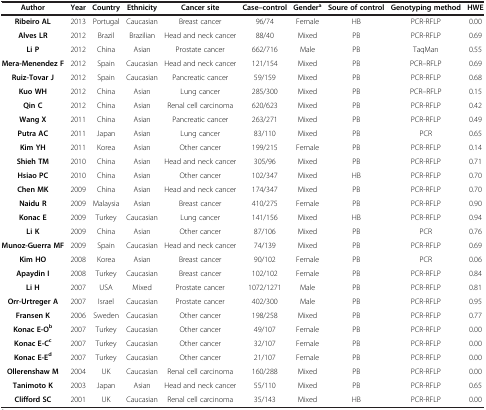
<table><thead><tr><td><b>Author</b></td><td><b>Year</b></td><td><b>Country</b></td><td><b>Ethnicity</b></td><td><b>Cancer site</b></td><td><b>Case–control</b></td><td><b>Gender<sup>a</sup></b></td><td><b>Soure of control</b></td><td><b>Genotyping method</b></td><td><b>HWE</b></td></tr></thead><tbody><tr><td><b>Ribeiro AL</b></td><td>2013</td><td>Portugal</td><td>Caucasian</td><td>Breast cancer</td><td>96/74</td><td>Female</td><td>HB</td><td>PCR-RFLP</td><td>0.00</td></tr><tr><td><b>Alves LR</b></td><td>2012</td><td>Brazil</td><td>Brazilian</td><td>Head and neck cancer</td><td>88/40</td><td>Mixed</td><td>PB</td><td>PCR-RFLP</td><td>0.69</td></tr><tr><td><b>Li P</b></td><td>2012</td><td>China</td><td>Asian</td><td>Prostate cancer</td><td>662/716</td><td>Male</td><td>PB</td><td>TaqMan</td><td>0.55</td></tr><tr><td><b>Mera-Menendez F</b></td><td>2012</td><td>Spain</td><td>Caucasian</td><td>Head and neck cancer</td><td>121/154</td><td>Mixed</td><td>PB</td><td>PCR–RFLP</td><td>0.69</td></tr><tr><td><b>Ruiz-Tovar J</b></td><td>2012</td><td>Spain</td><td>Caucasian</td><td>Pancreatic cancer</td><td>59/159</td><td>Mixed</td><td>PB</td><td>PCR-RFLP</td><td>0.68</td></tr><tr><td><b>Kuo WH</b></td><td>2012</td><td>China</td><td>Asian</td><td>Lung cancer</td><td>285/300</td><td>Mixed</td><td>PB</td><td>PCR–RFLP</td><td>0.15</td></tr><tr><td><b>Qin C</b></td><td>2012</td><td>China</td><td>Asian</td><td>Renal cell carcinoma</td><td>620/623</td><td>Mixed</td><td>PB</td><td>PCR-RFLP</td><td>0.42</td></tr><tr><td><b>Wang X</b></td><td>2011</td><td>China</td><td>Asian</td><td>Pancreatic cancer</td><td>263/271</td><td>Mixed</td><td>PB</td><td>PCR-RFLP</td><td>0.49</td></tr><tr><td><b>Putra AC</b></td><td>2011</td><td>Japan</td><td>Asian</td><td>Lung cancer</td><td>83/110</td><td>Mixed</td><td>PB</td><td>PCR</td><td>0.65</td></tr><tr><td><b>Kim YH</b></td><td>2011</td><td>Korea</td><td>Asian</td><td>Other cancer</td><td>199/215</td><td>Female</td><td>PB</td><td>PCR-RFLP</td><td>0.14</td></tr><tr><td><b>Shieh TM</b></td><td>2010</td><td>China</td><td>Asian</td><td>Head and neck cancer</td><td>305/96</td><td>Mixed</td><td>PB</td><td>PCR-RFLP</td><td>0.71</td></tr><tr><td><b>Hsiao PC</b></td><td>2010</td><td>China</td><td>Asian</td><td>Other cancer</td><td>102/347</td><td>Mixed</td><td>HB</td><td>PCR-RFLP</td><td>0.70</td></tr><tr><td><b>Chen MK</b></td><td>2009</td><td>China</td><td>Asian</td><td>Head and neck cancer</td><td>174/347</td><td>Mixed</td><td>PB</td><td>PCR-RFLP</td><td>0.70</td></tr><tr><td><b>Naidu R</b></td><td>2009</td><td>Malaysia</td><td>Asian</td><td>Breast cancer</td><td>410/275</td><td>Female</td><td>PB</td><td>PCR-RFLP</td><td>0.90</td></tr><tr><td><b>Konac E</b></td><td>2009</td><td>Turkey</td><td>Caucasian</td><td>Lung cancer</td><td>141/156</td><td>Mixed</td><td>HB</td><td>PCR-RFLP</td><td>0.94</td></tr><tr><td><b>Li K</b></td><td>2009</td><td>China</td><td>Asian</td><td>Other cancer</td><td>87/106</td><td>Mixed</td><td>PB</td><td>PCR</td><td>0.76</td></tr><tr><td><b>Munoz-Guerra MF</b></td><td>2009</td><td>Spain</td><td>Caucasian</td><td>Head and neck cancer</td><td>74/139</td><td>Mixed</td><td>PB</td><td>PCR-RFLP</td><td>0.69</td></tr><tr><td><b>Kim HO</b></td><td>2008</td><td>Korea</td><td>Asian</td><td>Breast cancer</td><td>90/102</td><td>Female</td><td>PB</td><td>PCR</td><td>0.06</td></tr><tr><td><b>Apaydin I</b></td><td>2008</td><td>Turkey</td><td>Caucasian</td><td>Breast cancer</td><td>102/102</td><td>Female</td><td>PB</td><td>PCR-RFLP</td><td>0.84</td></tr><tr><td><b>Li H</b></td><td>2007</td><td>USA</td><td>Mixed</td><td>Prostate cancer</td><td>1072/1271</td><td>Male</td><td>PB</td><td>PCR-RFLP</td><td>0.81</td></tr><tr><td><b>Orr-Urtreger A</b></td><td>2007</td><td>Israel</td><td>Caucasian</td><td>Prostate cancer</td><td>402/300</td><td>Male</td><td>PB</td><td>PCR-RFLP</td><td>0.95</td></tr><tr><td><b>Fransen K</b></td><td>2006</td><td>Sweden</td><td>Caucasian</td><td>Other cancer</td><td>198/258</td><td>Mixed</td><td>PB</td><td>PCR-RFLP</td><td>0.77</td></tr><tr><td><b>Konac E-O</b><sup><b>b</b></sup></td><td>2007</td><td>Turkey</td><td>Caucasian</td><td>Other cancer</td><td>49/107</td><td>Female</td><td>PB</td><td>PCR-RFLP</td><td>0.00</td></tr><tr><td><b>Konac E-C</b><sup><b>c</b></sup></td><td>2007</td><td>Turkey</td><td>Caucasian</td><td>Other cancer</td><td>32/107</td><td>Female</td><td>PB</td><td>PCR-RFLP</td><td>0.00</td></tr><tr><td><b>Konac E-E</b><sup><b>d</b></sup></td><td>2007</td><td>Turkey</td><td>Caucasian</td><td>Other cancer</td><td>21/107</td><td>Female</td><td>PB</td><td>PCR-RFLP</td><td>0.00</td></tr><tr><td><b>Ollerenshaw M</b></td><td>2004</td><td>UK</td><td>Caucasian</td><td>Renal cell carcinoma</td><td>160/288</td><td>Mixed</td><td>PB</td><td>PCR-RFLP</td><td>0.00</td></tr><tr><td><b>Tanimoto K</b></td><td>2003</td><td>Japan</td><td>Asian</td><td>Head and neck cancer</td><td>55/110</td><td>Mixed</td><td>PB</td><td>PCR-RFLP</td><td>0.65</td></tr><tr><td><b>Clifford SC</b></td><td>2001</td><td>UK</td><td>Caucasian</td><td>Renal cell carcinoma</td><td>35/143</td><td>Mixed</td><td>HB</td><td>PCR-RFLP</td><td>0.00</td></tr></tbody></table>